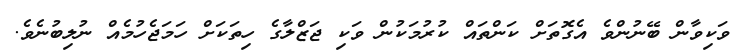
ވަކިވާން ބޭނުންވެ އެގޮތަށް ކަންތައް ކުރުމަކުން ވަކި ޖަޒްލާގެ ހިތަކަށް ހަމަޖެހުމެއް ނުލިބުނެވެ.